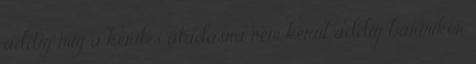
addig míg a kerítés átadásra nem kerül addig bármikor